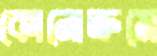
কোনোক্রমে